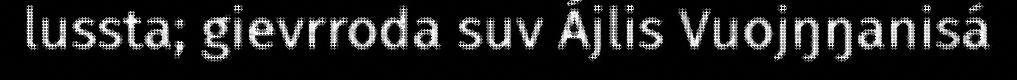
lussta; gievrroda suv Ájlis Vuojŋŋanisá